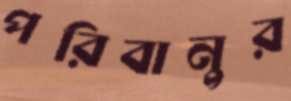
পরিবানুর